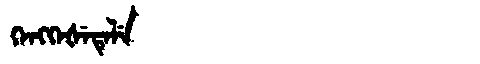
Manchu: ᡴᡝᠩᡴᡝᡧᡝᡨᡝᠯᡝ
Romanization: KENGKEŠETELE